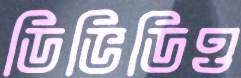
ডিভিডিও